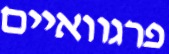
פרגוואיים